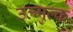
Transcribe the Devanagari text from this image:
उल्मुल्क